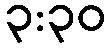
၃:၃၀